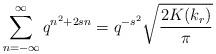
LaTeX: \begin{align*}\sum^{\infty}_{n=-\infty}q^{n^2+2sn}=q^{-s^2}\sqrt{\frac{2K(k_r)}{\pi}}\end{align*}